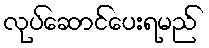
လုပ်ဆောင်ပေးရမည်